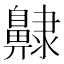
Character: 齂